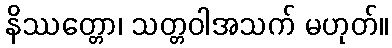
နိဿတ္တော၊ သတ္တဝါအသက် မဟုတ်။